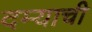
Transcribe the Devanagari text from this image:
दम्याची